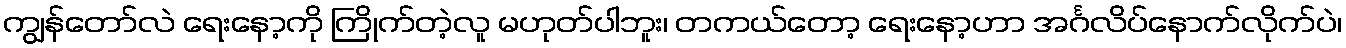
ကျွန်တော်လဲ ရေးနော့ကို ကြိုက်တဲ့လူ မဟုတ်ပါဘူး၊ တကယ်တော့ ရေးနော့ဟာ အင်္ဂလိပ်နောက်လိုက်ပဲ၊